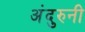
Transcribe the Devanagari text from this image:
अंदुरुनी